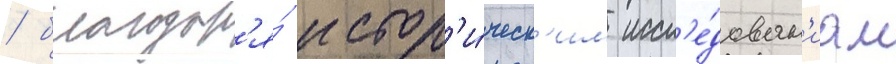
/ благодар'я́ истор'и́ческ'им иссл'е́дован'иам